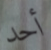
أحد